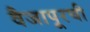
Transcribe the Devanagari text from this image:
वैजापूरची